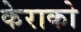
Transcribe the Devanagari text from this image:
केराको